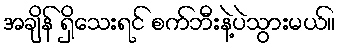
အချိန် ရှိသေးရင် စက်ဘီးနဲ့ပဲသွားမယ်။